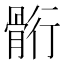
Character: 䯒